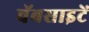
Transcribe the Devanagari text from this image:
वॅबसाइटें